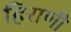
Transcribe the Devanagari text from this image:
हिराणी